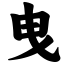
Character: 曳